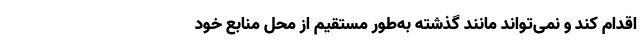
اقدام کند و نمی‌تواند مانند گذشته به‌طور مستقیم از محل منابع خود